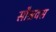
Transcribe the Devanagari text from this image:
सौश्रवस